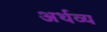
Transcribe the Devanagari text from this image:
अर्थव्य